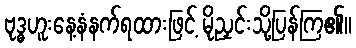
ဗုဒ္ဓဟူးနေ့နံနက်ရထားဖြင့် မိုညှင်းသို့ပြန်ကြ၏။